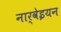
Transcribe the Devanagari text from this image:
नार्वेइयन